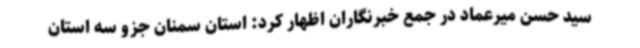
سید حسن میرعماد در جمع خبرنگاران اظهار کرد: استان سمنان جزو سه استان